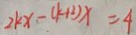
2 k x - ( k + 2 ) x = 4